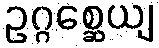
ဥဂ္ဂစ္ဆေယျ